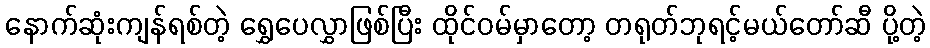
နောက်ဆုံးကျန်ရစ်တဲ့ ရွှေပေလွှာဖြစ်ပြီး ထိုင်ဝမ်မှာတော့ တရုတ်ဘုရင့်မယ်တော်ဆီ ပို့တဲ့